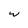
Character: w